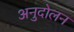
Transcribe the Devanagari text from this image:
अनुदोलन